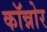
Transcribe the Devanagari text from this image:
कॉन्नोर